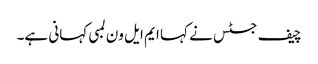
چیف جسٹس نے کہا ایم ایل ون لمبی کہانی ہے۔